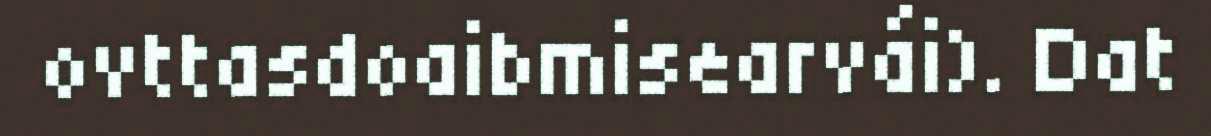
ovttasdoaibmisearvái). Dat